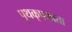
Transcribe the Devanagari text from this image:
पृथक्‌पक्वता